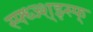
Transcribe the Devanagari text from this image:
स्फ्ध्ज्श्झ्स्फ्